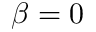
\beta = 0